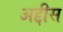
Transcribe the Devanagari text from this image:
अद्दीस